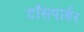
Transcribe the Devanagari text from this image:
टाँसपार्डर